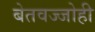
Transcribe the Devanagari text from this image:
बेतवज्जोही